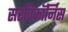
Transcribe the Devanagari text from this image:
सरविकॉर्निस